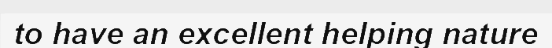
to have an excellent helping nature